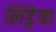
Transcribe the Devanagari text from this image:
लिंड्रेया